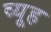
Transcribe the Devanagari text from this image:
व्‍यूह